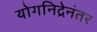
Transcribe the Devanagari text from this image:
योगनिद्रेनंतर